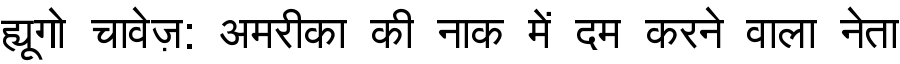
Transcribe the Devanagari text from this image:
ह्यूगो चावेज़: अमरीका की नाक में दम करने वाला नेता